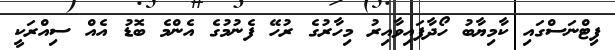
ފިޓްނަސްގައި ކާމިޔާބު ހޯދާފައިވާއިރު މިހާރުގެ ރުހޭ ފެނުމުގެ އެންމެ ބޮޑު އެއް ސިއްރަކީ